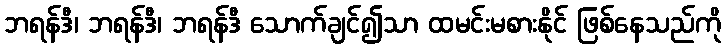
ဘရန်ဒီ၊ ဘရန်ဒီ၊ ဘရန်ဒီ သောက်ချင်၍သာ ထမင်းမစားနိုင် ဖြစ်နေသည်ကို